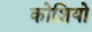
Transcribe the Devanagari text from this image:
कोशियो